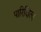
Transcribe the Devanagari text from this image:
पारिक्षित्य